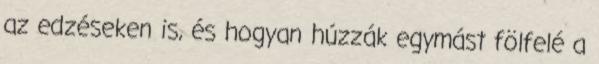
az edzéseken is, és hogyan húzzák egymást fölfelé a